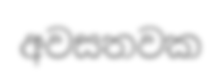
අවසතවක